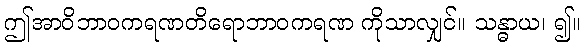
ဤအာဝိဘာဝကရဏတိရောဘာဝကရဏ ကိုသာလျှင်။ သန္ဓာယ၊ ၍။